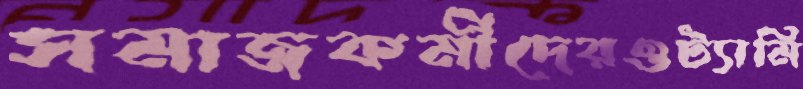
সমাজকর্মীদেরওট্যামি